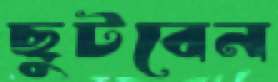
ছুটবেন